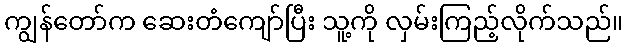
ကျွန်တော်က ဆေးတံကျော်ပြီး သူ့ကို လှမ်းကြည့်လိုက်သည်။